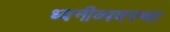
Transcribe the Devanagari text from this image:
ध्वनीव्यवस्था